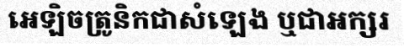
អេឡិចត្រូនិកជាសំឡេង ឬជាអក្សរ